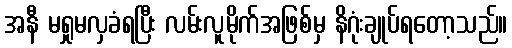
အနီ မရှုမလှခံရပြီး လမ်းလူမိုက်အဖြစ်မှ နိဂုံးချုပ်ရတော့သည်။